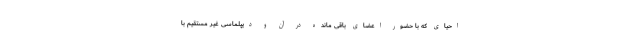
احیای که با حضور اعضای باقی مانده در آن و دیپلماسی غیر مستقیم با